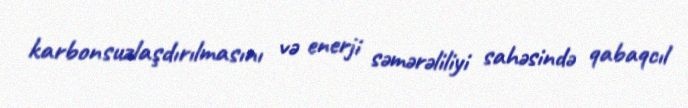
karbonsuzlaşdırılmasını və enerji səmərəliliyi sahəsində qabaqcıl